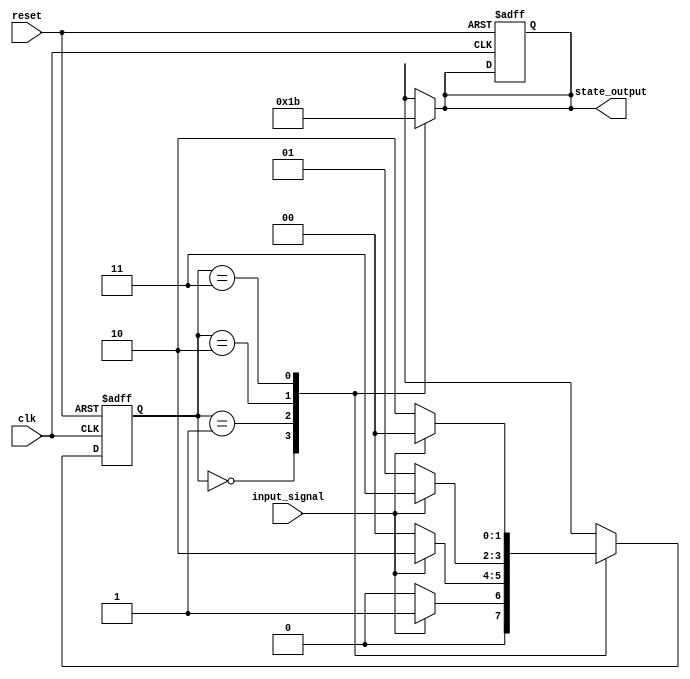
module moore_machine (
    input wire clk,           // Clock signal
    input wire reset,         // Asynchronous reset
    input wire input_signal,   // Input signal for transitions
    output reg [1:0] state_output // Output corresponding to current state
);

    // State encoding
    parameter S0 = 2'b00, 
              S1 = 2'b01, 
              S2 = 2'b10, 
              S3 = 2'b11;

    // State register
    reg [1:0] current_state, next_state;

    // State transition logic
    always @(*) begin
        case (current_state)
            S0: next_state = (input_signal) ? S1 : S0;
            S1: next_state = (input_signal) ? S2 : S0;
            S2: next_state = (input_signal) ? S3 : S1;
            S3: next_state = (input_signal) ? S0 : S2;
            default: next_state = S0; // Default state
        endcase
    end

    // Output logic (Moore outputs)
    always @(posedge clk or posedge reset) begin
        if (reset) begin
            current_state <= S0; // Reset to initial state
            state_output <= 2'b00; // Initial output
        end else begin
            current_state <= next_state; // Update state on clock edge
        end
    end

    // Update output based on the current state
    always @(current_state) begin
        case (current_state)
            S0: state_output = 2'b00; // Output for state S0
            S1: state_output = 2'b01; // Output for state S1
            S2: state_output = 2'b10; // Output for state S2
            S3: state_output = 2'b11; // Output for state S3
            default: state_output = 2'b00; // Default output
        endcase
    end

endmodule